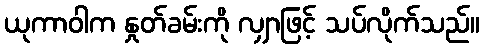
ယုကာဝါက နှုတ်ခမ်းကို လျှာဖြင့် သပ်လိုက်သည်။